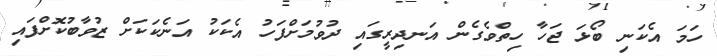
ހަމަ އެކަނި ބޯޅަ ޖަހާ ހިތްވެގެން އަނދިރީގައި ދުވުމަށްފަހު އެކަކު އަނެކަކަށް ޒުވާބުކޮށްފައި